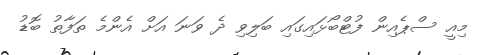
މިއީ ސްޕެއިން ފުޓްބޯޅައިގައި ބަލިވި ދެ ވަނަ އަށް އެންމެ ތަފާތު ބޮޑު